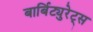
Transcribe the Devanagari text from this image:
बार्बिट्युरेट्स